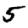
Digit: 5